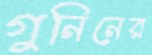
গুনিনের